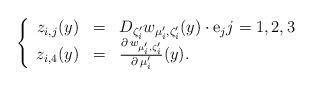
LaTeX: \begin{align*}\left\{\begin{array}{rcl}z_{i,j}(y)&=&D_{\zeta_i^{\prime}} w_{\mu_i^{\prime},\zeta_i^{\prime}}(y)\cdot \textrm{e}_jj=1,2,3\\z_{i,4}(y)&=&\frac{\partial\,w_{\mu_i^{\prime},\zeta_i^{\prime}}}{\partial\,\mu_i^{\prime}}(y).\end{array}\right.\end{align*}